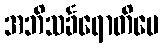
အဘိသင်္ခရောတိပေ